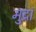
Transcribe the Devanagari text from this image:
मुद्रां